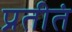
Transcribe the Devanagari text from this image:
प्रतीतं